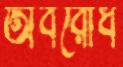
অবরোধ